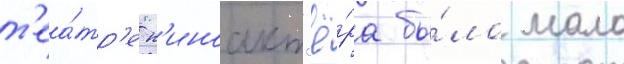
т'еа́тр'е к'иноакт'ё́ра бы́ло мало